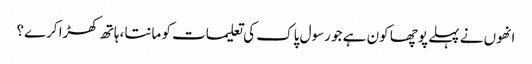
انھوں نے پہلے پوچھا کون ہے جو رسول پاک کی تعلیمات کو مانتا، ہاتھ کھڑا کرے؟